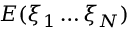
E ( \xi _ { 1 } \ldots \xi _ { N } )